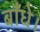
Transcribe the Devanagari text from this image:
बाँधे।